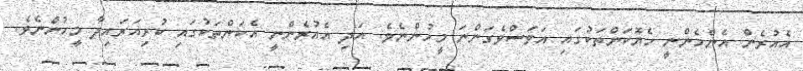
އެއުރެން އެންމެންނީ ހެޔޮކަންތަކުގައި އަވަސްވެގަންނަ މީހުންނެވެ. އަދި އެއުރެންނީ އެކަންތަކުގައި ކުރިއަރައިދާ މީހުންނެވެ.